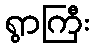
ရွာကြီး